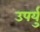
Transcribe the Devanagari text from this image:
उपर्यु